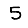
Digit: 5